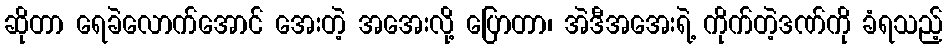
ဆိုတာ ရေခဲလောက်အောင် အေးတဲ့ အအေးလို့ ပြောတာ၊ အဲဒီအအေးရဲ့ ကိုက်တဲ့ဒဏ်ကို ခံရသည့်